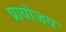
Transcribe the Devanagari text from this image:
प्रायोजय